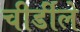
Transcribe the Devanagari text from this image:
चीर्डीले